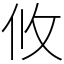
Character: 攸